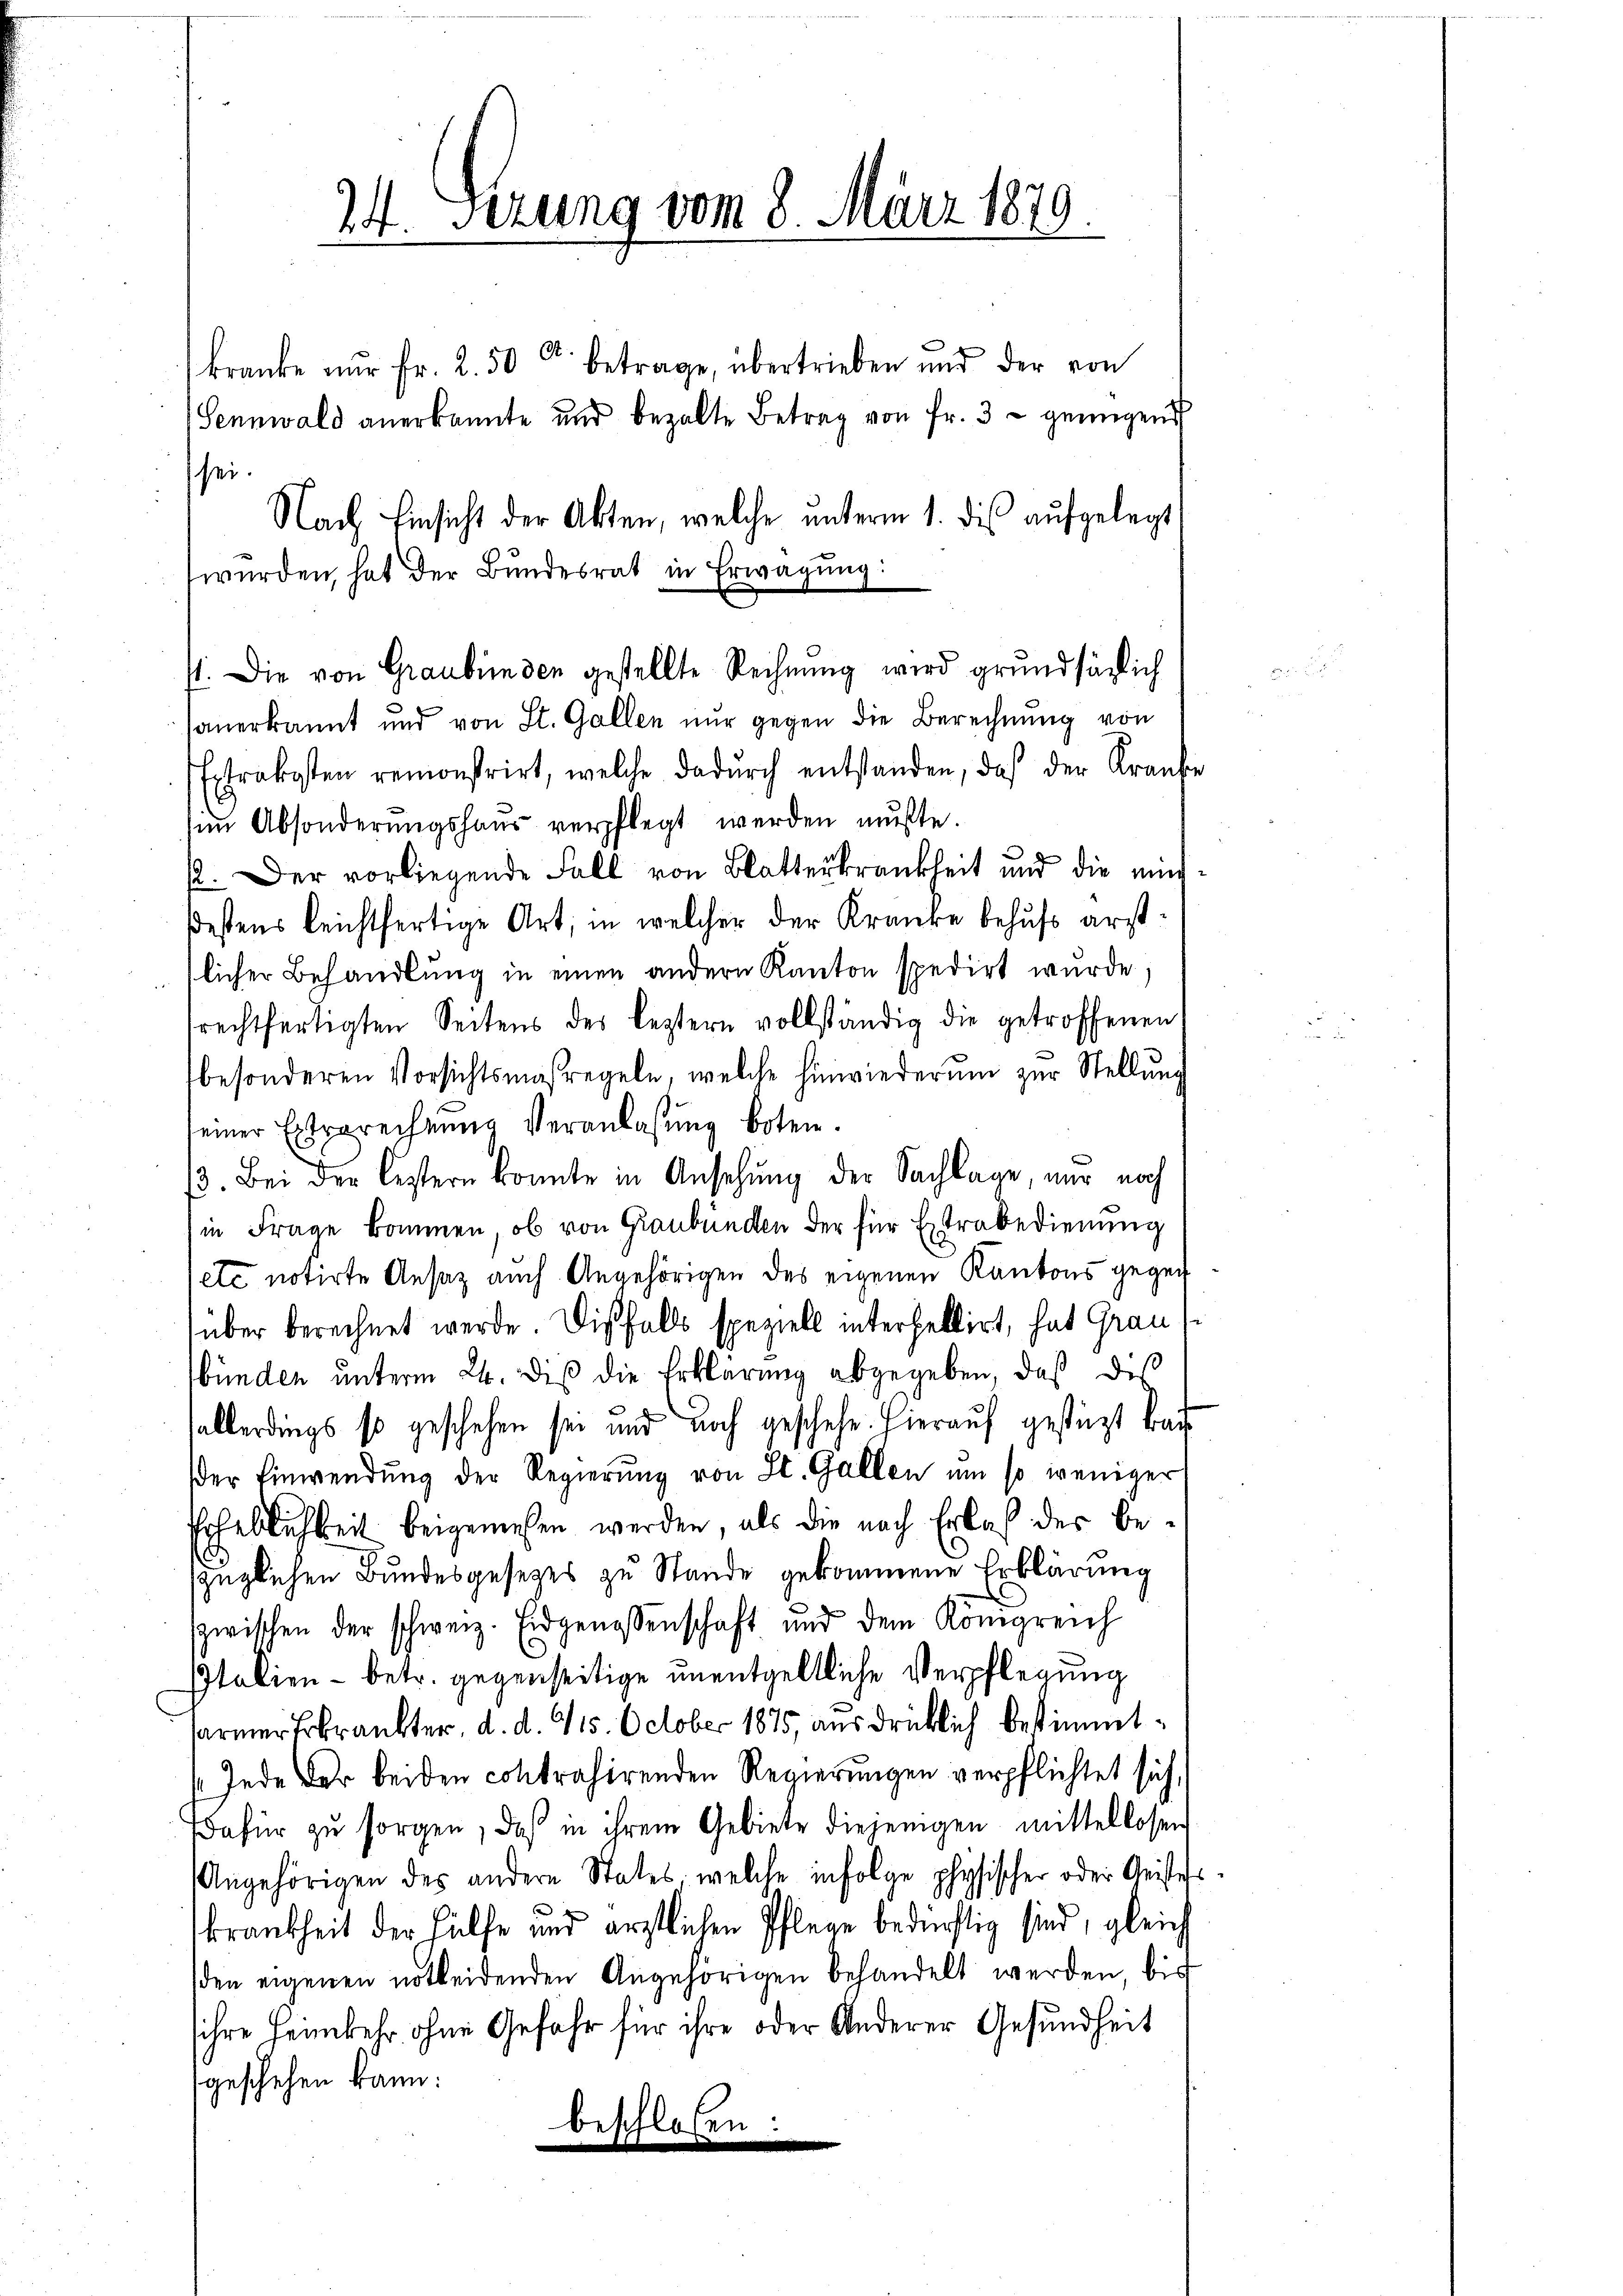
24. Ferung vom 8. März 1879.

anerkannt und von St. Gallen nur gegen die Berechnung von
Extrakosten remonstrirt, welche dadŭrch entstanden, daß der Kraŭf
sin Absonderungshaus verpflegt werden mußte.
p. Der vorliegende Fall von Blatterkrankheit und die mich
ßestens leichtfertige Art, in welcher der Kranke behufs erstlicher Behandlŭng in einen andern Kanton spedirt wurde,
srechtfertigten Seitens des leztern vollständig die getroffenen
besonderen Vorsichtsmaßregeln, welche hinwiederum zur Stellung
seiner Extrarechnung veranlassung boten.
3. Bei der leztern konnte in Ansehung der Sachlage, nur noch
in Frage kommen, ob von Graubünden der für Estrabedienung
etc notirte Ansatz auch Angehörigen des eigenen Kantons gegen
über berechnet werde. Dießfalls speziell interfellirt, hat Graus
bünden unterm 24. dis die Erklärung abgegeben, daß des
sallerdings so geschehen sei und noch geschehe. Hierauf gestützt kaider Einwendŭng der Regierŭng von St. Gallen um so weniger
Erheblichkeit beigemessen werden, als die nach Erlaß der bezüglichen Bundesgesetzes zu Stande gekommene Erklärung
zwischen der schweiz. Eidgenossenschaft und dem Königreich
Italien - betr. gegenseitige unentgeltliche Verpflegung
sarmer Erkrankter, d. d. 115. October 1875, ausdrücklich bestimmt
(Jede der beiden contrahirenden Regierungen verpflichtet sich,
dafür zu sorgen, daß in ihrem Gebiete diejenigen mittellosen
Angehörigen des andere States, welche infolge physischer oder Geistess
krankheit der Hülfe und ärztlichen Pflege bedürftig sind, gleich
den eigenen nötheidenden Angehörigen behandelt werden bis
ihre Heimkehr ohne Gefahr für ihre oder Anderer Gesundheit
geschehen kann:
beschloßen:

kranke nŭr Fr. 2.50 r. betrage, übertrieben und der von
Sennwald anerkannte und bezalte Betrag von fr. 3 - genügend

sei.
Nach Einsicht der Akten, welche unterm 1. dies aufgelegt
würden, hat der Bundesrat in Erwägŭng:
st. Die von Graubünden gestellte Rechnung wird grundsäglich